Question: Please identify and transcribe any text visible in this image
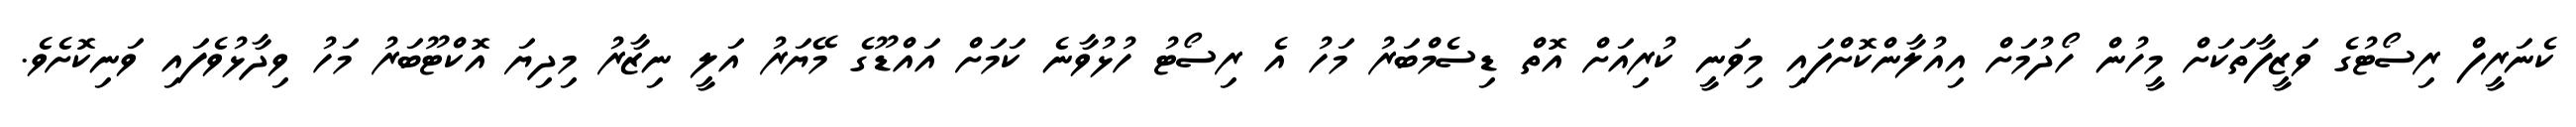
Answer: ކެނަރީފް ރިސޯޓުގެ ވަޒީފާތަކަށް މީހުން ހޯދުމަށް އިއުލާންކޮށްފައި މިވަނީ ކުރިއަށް އޮތް ޑިސެމްބަރު މަހު އެ ރިސޯޓު ހުޅުވާނެ ކަމަށް އައްޑޫގެ މޭޔަރު އަލީ ނިޒާރު މިދިޔަ އޮކްޓޫބަރު މަހު ވިދާޅުވެފައި ވަނިކޮށެވެ.